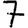
Digit: 7